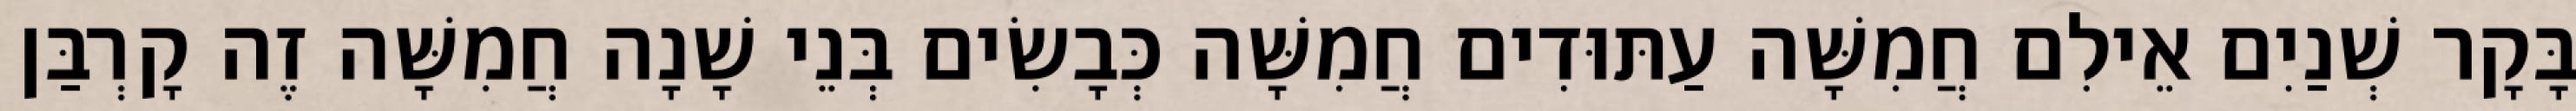
בָּקָר שְׁנַיִם אֵילִם חֲמִשָּׁה עַתּוּדִים חֲמִשָּׁה כְּבָשִׂים בְּנֵי שָׁנָה חֲמִשָּׁה זֶה קָרְבַּן